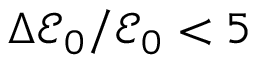
\Delta \mathcal { E } _ { 0 } / \mathcal { E } _ { 0 } < 5 \